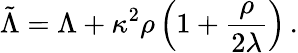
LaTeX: \tilde{\Lambda}=\Lambda+\kappa^{2}\rho\left(1+\frac{\rho}{2\lambda}\right)\, .